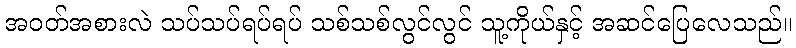
အဝတ်အစားလဲ သပ်သပ်ရပ်ရပ် သစ်သစ်လွင်လွင် သူ့ကိုယ်နှင့် အဆင်ပြေလေသည်။